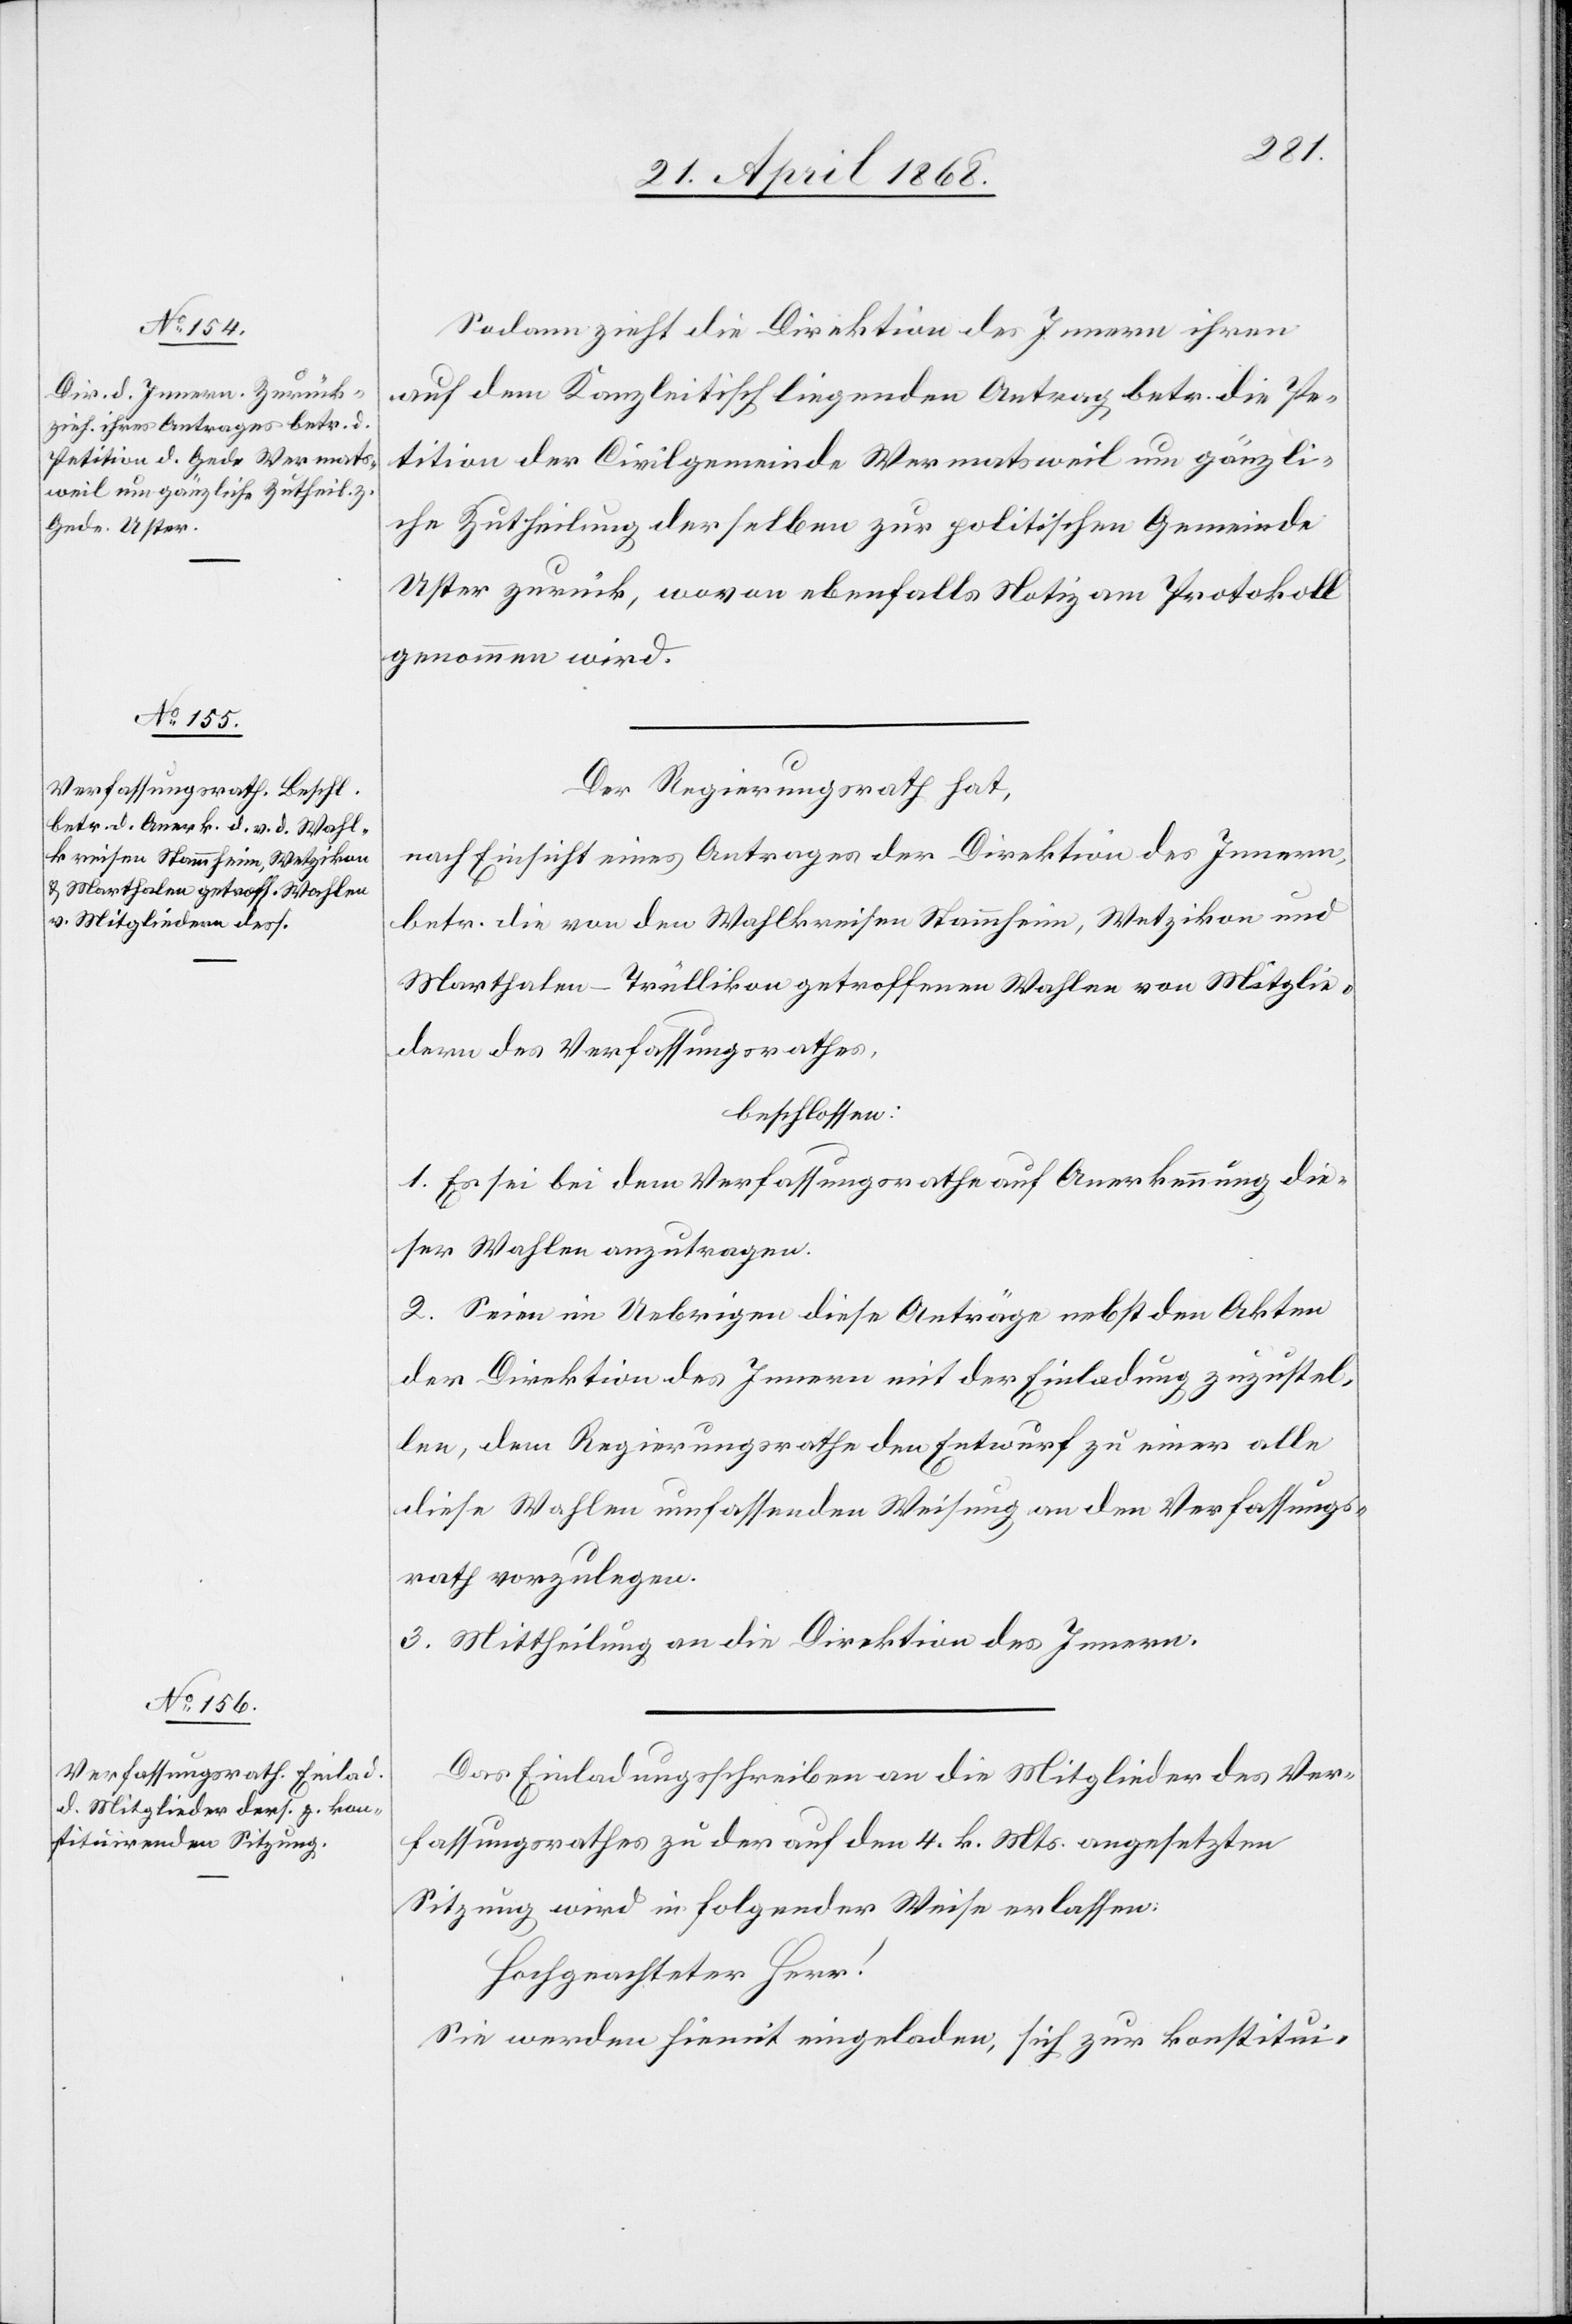
Sodann zieht die Direktion des Innern ihren
auf dem Kanzleitisch liegenden Antrag betr. die Pe¬
tition der Civilgemeinde Wermatsweil um gänzli¬
che Zutheilung derselben zur politischen Gemeinde
Uster zurück, wovon ebenfalls Notiz am Protokoll
genommen wird.
Der Regierungsrath hat,
nach Einsicht eines Antrages der Direktion des Innern,
betr. die von den Wahlkreisen Stammheim, Wetzikon und
Marthalen-Trüllikon getroffenen Wahlen von Mitglie¬
dern des Verfassungsrathes,
beschlossen:
1. Es sei bei dem Verfassungsrathe auf Anerkennung die¬
ser Wahlen anzutragen.
2. Seien im Uebrigen diese Anträge nebst den Akten
der Direktion des Innern mit der Einladung zuzustel¬
len, dem Regierungsrathe den Entwurf zu einer alle
diese Wahlen umfassenden Weisung an den Verfassungs¬
rath vorzulegen.
3. Mittheilung an die Direktion des Innern.
Das Einladungsschreiben an die Mitglieder des Ver¬
fassungsrathes zu der auf den 4. k. Mts. angesetzten
Sitzung wird in folgender Weise erlassen:
Hochgeachteter Herr!
Sie werden hiemit eingeladen, sich zur konstitui-